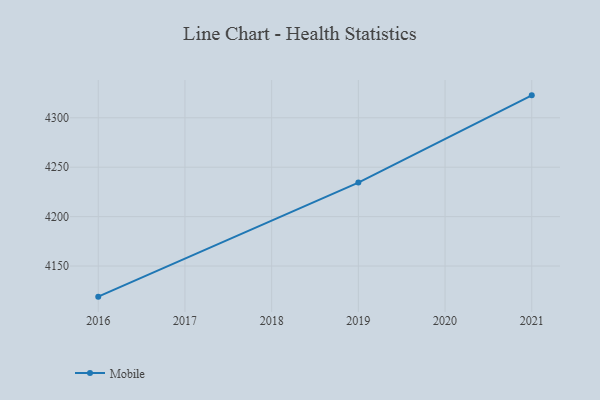
{"axis": {"x": "Year", "y": "Latency (ms)"}, "legend": ["Mobile"], "data": [{"x": "2016", "y": 4119.0, "type": "Mobile"}, {"x": "2019", "y": 4234.4, "type": "Mobile"}, {"x": "2021", "y": 4322.7, "type": "Mobile"}]}